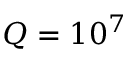
Q = 1 0 ^ { 7 }